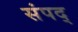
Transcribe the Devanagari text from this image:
संपद्